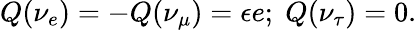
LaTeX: Q(\nu_{e})=-Q(\nu_{\mu})=\epsilon e;\; Q(\nu_{\tau})=0.